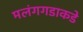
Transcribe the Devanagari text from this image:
मलंगगडाकडे